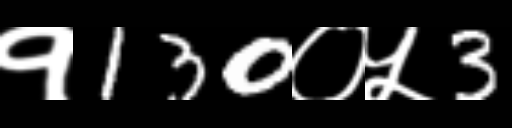
Text: १130०५3